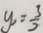
y _ { 1 } = \frac { 3 } { 2 }